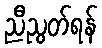
ညီညွတ်ရန်